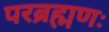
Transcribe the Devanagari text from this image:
परब्रह्मणः